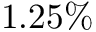
1 . 2 5 \%